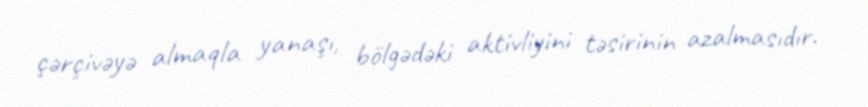
çərçivəyə almaqla yanaşı, bölgədəki aktivliyini təsirinin azalmasıdır.